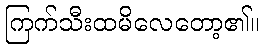
ကြက်သီးထမိလေတော့၏။